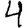
Digit: 4